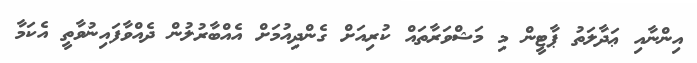
އިންނާއި ޢަދާލަތު ޕާޓީން މި މަޝްވަރާތައް ކުރިއަށް ގެންދިއުމަށް އެއްބާރުލުން ދެއްވާފައިނުވާތީ އެކަމާ